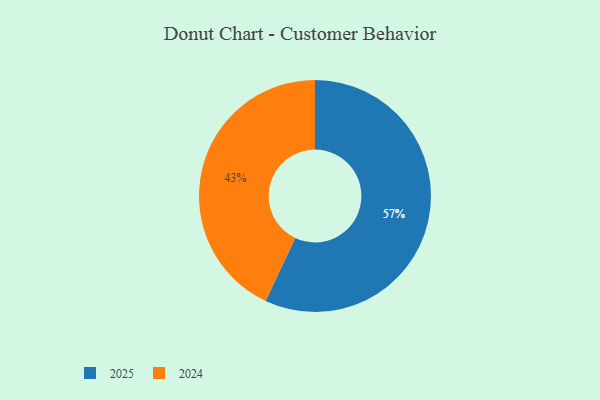
{"axis": {"x": "Category", "y": "Percentage"}, "legend": ["2024", "2025"], "data": [{"x": "2024", "y": 43, "type": "2024"}, {"x": "2025", "y": 57, "type": "2025"}]}